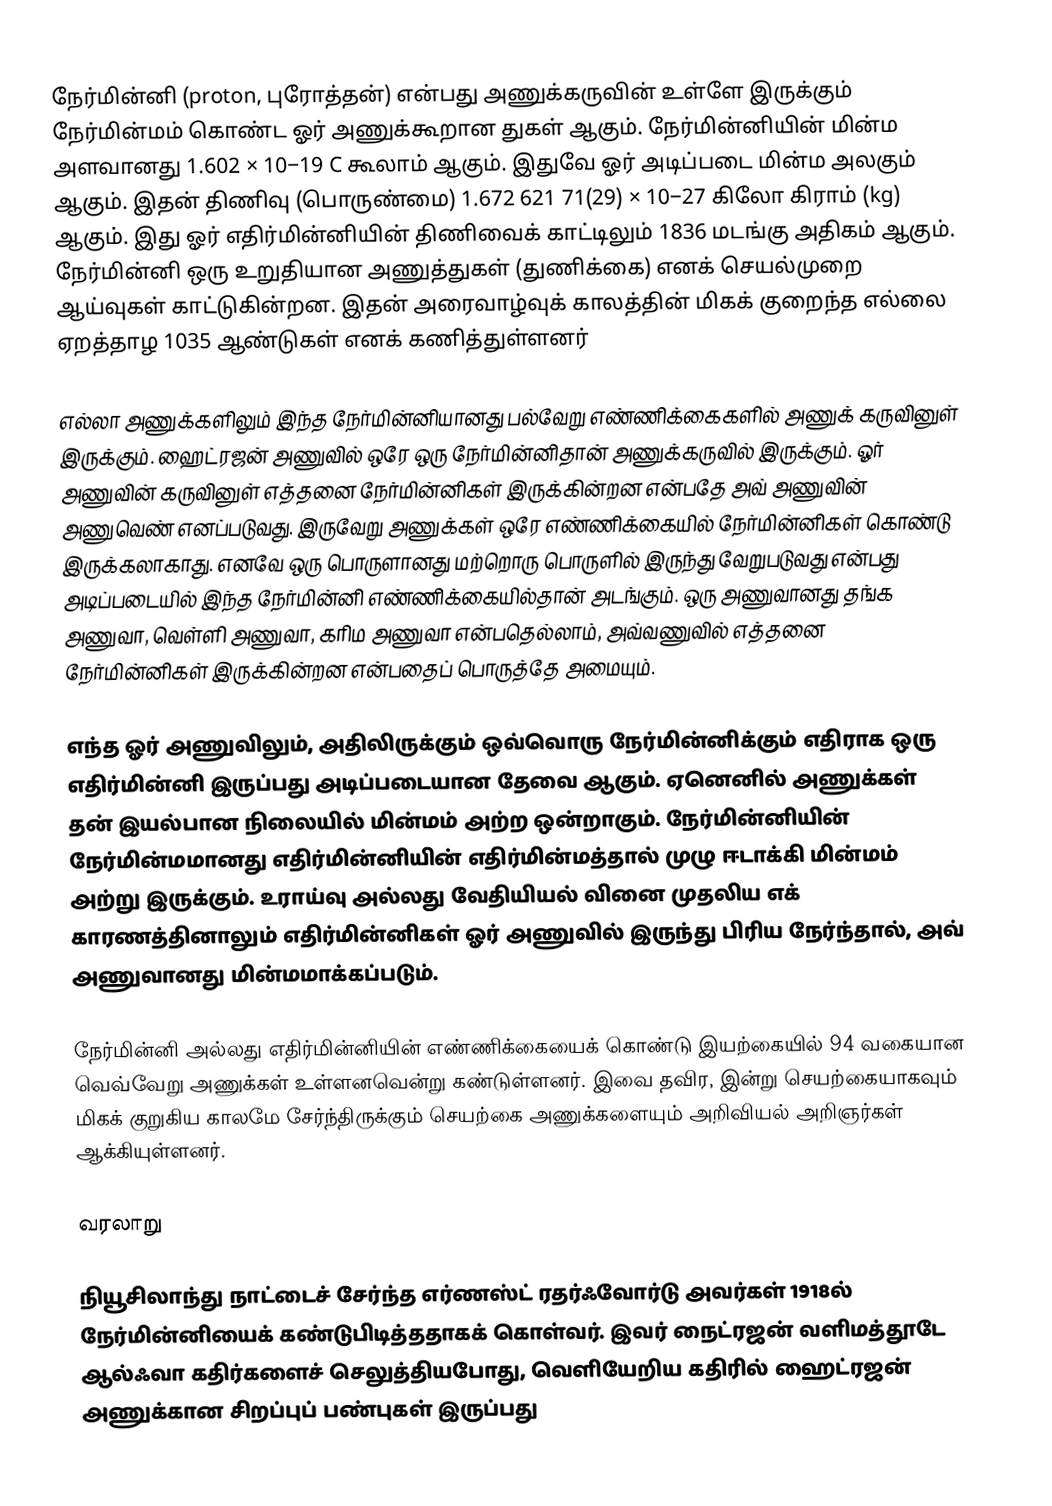
நேர்மின்னி (proton, புரோத்தன்) என்பது அணுக்கருவின் உள்ளே இருக்கும் நேர்மின்மம் கொண்ட ஓர் அணுக்கூறான துகள் ஆகும். நேர்மின்னியின் மின்ம அளவானது 1.602 × 10−19 C கூலாம் ஆகும். இதுவே ஓர் அடிப்படை மின்ம அலகும் ஆகும். இதன் திணிவு (பொருண்மை) 1.672 621 71(29) × 10−27 கிலோ கிராம் (kg) ஆகும். இது ஓர் எதிர்மின்னியின் திணிவைக் காட்டிலும் 1836 மடங்கு அதிகம் ஆகும். நேர்மின்னி ஒரு உறுதியான அணுத்துகள் (துணிக்கை) எனக் செயல்முறை ஆய்வுகள் காட்டுகின்றன. இதன் அரைவாழ்வுக் காலத்தின் மிகக் குறைந்த எல்லை ஏறத்தாழ 1035 ஆண்டுகள் எனக் கணித்துள்ளனர்

எல்லா அணுக்களிலும் இந்த நேர்மின்னியானது பல்வேறு எண்ணிக்கைகளில் அணுக் கருவினுள் இருக்கும். ஹைட்ரஜன் அணுவில் ஒரே ஒரு நேர்மின்னிதான் அணுக்கருவில் இருக்கும். ஓர் அணுவின் கருவினுள் எத்தனை நேர்மின்னிகள் இருக்கின்றன என்பதே அவ் அணுவின் அணுவெண் எனப்படுவது. இருவேறு அணுக்கள் ஒரே எண்ணிக்கையில் நேர்மின்னிகள் கொண்டு இருக்கலாகாது. எனவே ஒரு பொருளானது மற்றொரு பொருளில் இருந்து வேறுபடுவது என்பது அடிப்படையில் இந்த நேர்மின்னி எண்ணிக்கையில்தான் அடங்கும். ஒரு அணுவானது தங்க அணுவா, வெள்ளி அணுவா, கரிம அணுவா என்பதெல்லாம், அவ்வணுவில் எத்தனை நேர்மின்னிகள் இருக்கின்றன என்பதைப் பொருத்தே அமையும்.

எந்த ஓர் அணுவிலும், அதிலிருக்கும் ஒவ்வொரு நேர்மின்னிக்கும் எதிராக ஒரு எதிர்மின்னி இருப்பது அடிப்படையான தேவை ஆகும். ஏனெனில் அணுக்கள் தன் இயல்பான நிலையில் மின்மம் அற்ற ஒன்றாகும். நேர்மின்னியின் நேர்மின்மமானது எதிர்மின்னியின் எதிர்மின்மத்தால் முழு ஈடாக்கி மின்மம் அற்று இருக்கும். உராய்வு அல்லது வேதியியல் வினை முதலிய எக் காரணத்தினாலும் எதிர்மின்னிகள் ஓர் அணுவில் இருந்து பிரிய நேர்ந்தால், அவ் அணுவானது மின்மமாக்கப்படும்.

நேர்மின்னி அல்லது எதிர்மின்னியின் எண்ணிக்கையைக் கொண்டு இயற்கையில் 94 வகையான வெவ்வேறு அணுக்கள் உள்ளனவென்று கண்டுள்ளனர். இவை தவிர, இன்று செயற்கையாகவும் மிகக் குறுகிய காலமே சேர்ந்திருக்கும் செயற்கை அணுக்களையும் அறிவியல் அறிஞர்கள் ஆக்கியுள்ளனர்.

வரலாறு

நியூசிலாந்து நாட்டைச் சேர்ந்த எர்ணஸ்ட் ரதர்ஃவோர்டு அவர்கள் 1918ல் நேர்மின்னியைக் கண்டுபிடித்ததாகக் கொள்வர். இவர் நைட்ரஜன் வளிமத்தூடே ஆல்ஃவா கதிர்களைச் செலுத்தியபோது, வெளியேறிய கதிரில் ஹைட்ரஜன் அணுக்கான சிறப்புப் பண்புகள் இருப்பது